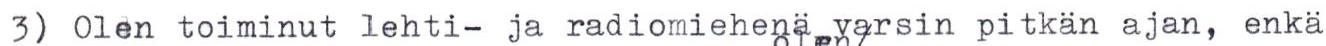
3) Olen toiminut lehti- ja radiomiehenä varsin pitkän ajan, enkä